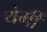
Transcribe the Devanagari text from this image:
थेर्मी